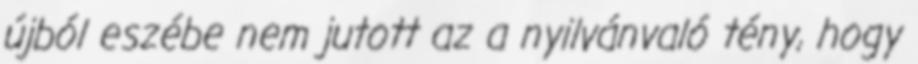
újból eszébe nem jutott az a nyilvánvaló tény, hogy